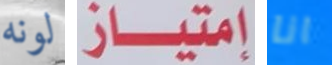
لونه إمتياز انا